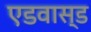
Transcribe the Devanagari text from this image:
एडवास्ड